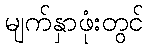
မျက်နှာဖုံးတွင်